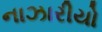
નાઝારીયો